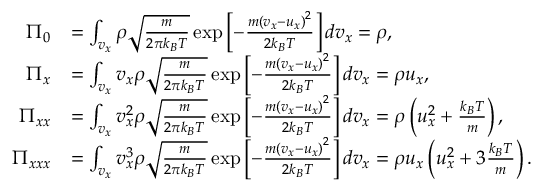
\begin{array} { r l } { \Pi _ { 0 } } & { = \int _ { v _ { x } } \rho \sqrt { \frac { m } { 2 \pi k _ { B } T } } \exp \left[ { - \frac { m { ( v _ { x } - u _ { x } ) } ^ { 2 } } { 2 k _ { B } T } } \right] d v _ { x } = \rho , } \\ { \Pi _ { x } } & { = \int _ { v _ { x } } v _ { x } \rho \sqrt { \frac { m } { 2 \pi k _ { B } T } } \exp \left[ { - \frac { m { ( v _ { x } - u _ { x } ) } ^ { 2 } } { 2 k _ { B } T } } \right] d v _ { x } = \rho u _ { x } , } \\ { \Pi _ { x x } } & { = \int _ { v _ { x } } v _ { x } ^ { 2 } \rho \sqrt { \frac { m } { 2 \pi k _ { B } T } } \exp \left[ { - \frac { m { ( v _ { x } - u _ { x } ) } ^ { 2 } } { 2 k _ { B } T } } \right] d v _ { x } = \rho \left( u _ { x } ^ { 2 } + \frac { k _ { B } T } { m } \right) , } \\ { \Pi _ { x x x } } & { = \int _ { v _ { x } } v _ { x } ^ { 3 } \rho \sqrt { \frac { m } { 2 \pi k _ { B } T } } \exp \left[ { - \frac { m { ( v _ { x } - u _ { x } ) } ^ { 2 } } { 2 k _ { B } T } } \right] d v _ { x } = \rho u _ { x } \left( u _ { x } ^ { 2 } + 3 \frac { k _ { B } T } { m } \right) . } \end{array}